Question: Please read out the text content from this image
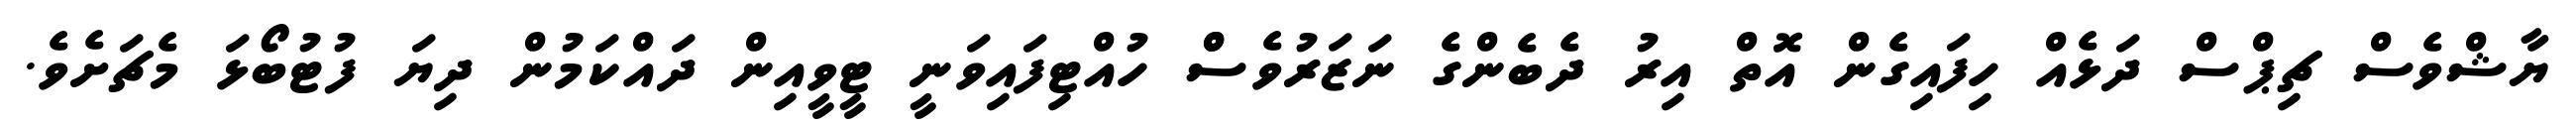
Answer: ޔާޝްވެސް ޗިޕްސް ދަޅެއް ހިފައިގެން އޮތް އިރު ދެބެންގެ ނަޒަރުވެސްް ހުއްޓިފައިވަނީ ޓީވީއިން ދައްކަމުން ދިޔަ ފުޓުބޯޅަ މެޗަށެވެ.